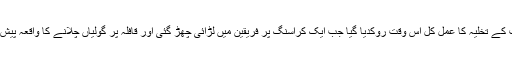
حلب کے تخلیہ کا عمل کل اس وقت روکدیا گیا جب ایک کراسنگ پر فریقین میں لڑائی چھڑ گئی اور قافلہ پر گولیاں چلانے کا واقعہ پیش آیا ۔